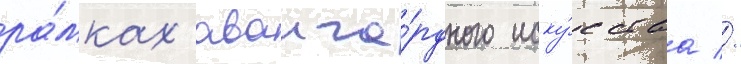
ра́мках аванга́рдного иску́сства //